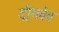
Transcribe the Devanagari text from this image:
ड्रीमवेव